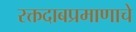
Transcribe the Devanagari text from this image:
रक्तदाबप्रमाणाचे